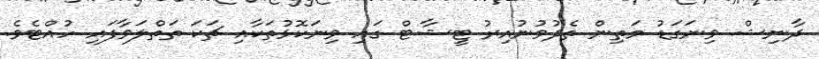
ދާނިޝް ވިނަގަޑު މަތިން ތެދުވުނުއިރު ޓީޝާޓް ގައި ވިނަކޮޅުތަކާއި ޗަކަ ތަތްލަވާފައި ހުއްޓެވެ.